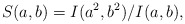
\begin{align*}S(a,b)= I(a^2,b^2)/I(a,b),\end{align*}